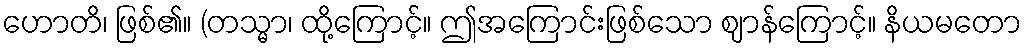
ဟောတိ၊ ဖြစ်၏။ (တသ္မာ၊ ထို့ကြောင့်။ ဤအကြောင်းဖြစ်သော ဈာန်ကြောင့်။ နိယမတော